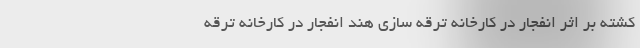
کشته بر اثر انفجار در کارخانه ترقه سازی هند انفجار در کارخانه ترقه